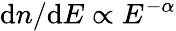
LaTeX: \mathrm{d}n/\mathrm{d}E\propto E^{-\alpha}